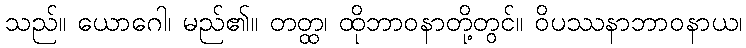
သည်။ ယောဂေါ၊ မည်၏။ တတ္ထ၊ ထိုဘာဝနာတို့တွင်။ ဝိပဿနာဘာဝနာယ၊